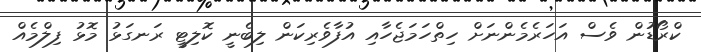
ކްރޯޑުން ވެސް އަހަރެމެންނަށް ހިތްހަމަޖެހާއި އުފާވެރިކަން ލިބެނީ ކޮލިޓީ ރަނގަޅު މޮޅު ފިލްމެއް